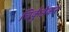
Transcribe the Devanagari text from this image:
चिर्कुडेकर